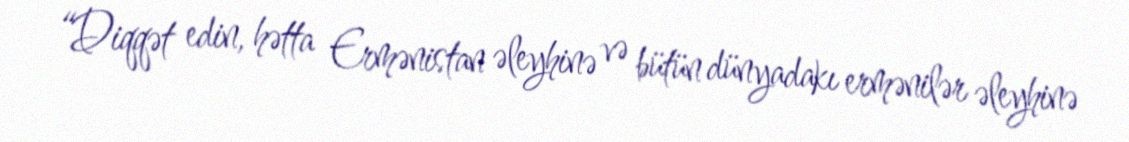
“Diqqət edin, hətta Ermənistan əleyhinə və bütün dünyadakı ermənilər əleyhinə